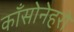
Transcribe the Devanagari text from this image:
काँसोनेहरो